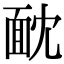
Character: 𩈉